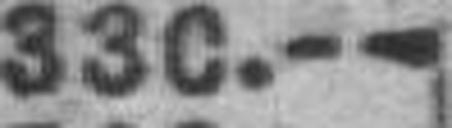
330.—